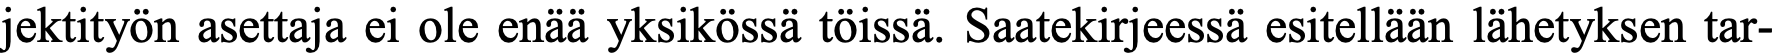
jektityön asettaja ei ole enää yksikössä töissä. Saatekirjeessä esitellään lähetyksen tar-